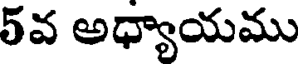
5వ అధ్యాయము